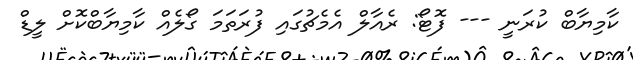
ކާމިޔާބް ކުރަނީ --- ފޮޓޯ: ރެއާލް އެމެޗުގައި ފުރަތަމަ ގޯލެއް ކާމިޔާބްކޮށް ލީޑް